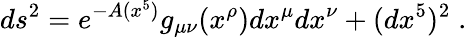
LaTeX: ds^{2}=e^{-A(x^{5})}g_{\mu\nu}(x^{\rho})dx^{\mu}dx^{\nu}+(dx^{5})^{2}\; .